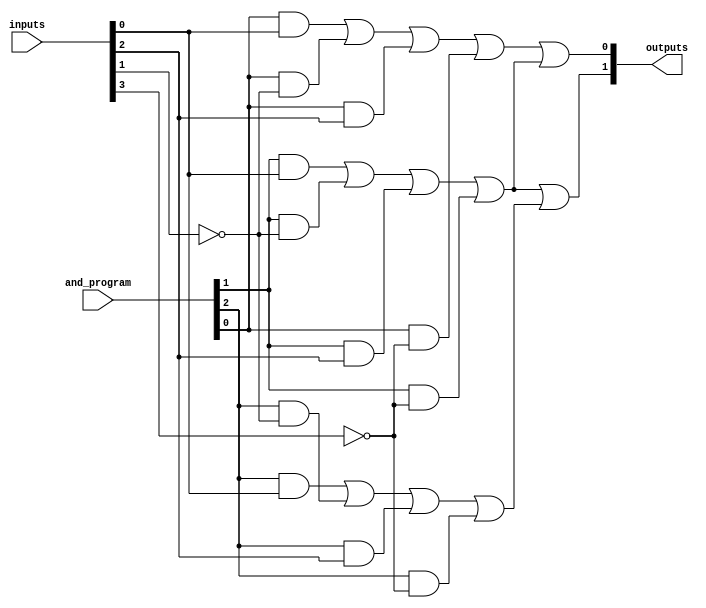
module pal #(parameter n = 4, parameter m = 2, parameter p = 3) (
    input  wire [n-1:0] inputs,         // Input lines
    input  wire [p-1:0] and_program,     // Programming connections for AND gates
    output wire [m-1:0] outputs          // Output lines
);

    // Declare the product terms generated by the AND array
    wire [p-1:0] product_terms;

    // Generate the programmable AND array
    genvar i;
    generate
        for (i = 0; i < p; i = i + 1) begin: and_array
            // Each AND gate can take a combination of inputs
            assign product_terms[i] = (and_program[i] & inputs[0]) | 
                                       (and_program[i] & ~inputs[1]) | 
                                       (and_program[i] & inputs[2]) | 
                                       (and_program[i] & ~inputs[3]);
        end
    endgenerate

    // Fixed OR array to combine product terms into outputs
    assign outputs[0] = product_terms[0] | product_terms[1]; // Output 0 from product terms
    assign outputs[1] = product_terms[1] | product_terms[2]; // Output 1 from product terms

endmodule